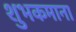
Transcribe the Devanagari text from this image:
शुभकमाना